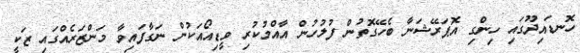
ހޮނޑައިދޫގައި ހިންގި އޮޕަރޭޝަނާ ބެހޭގޮތުން ފުލުހުން އާއްމުކުރި ވީޑިއޯއަކުން ނަގާފައިވާ މަންޒަރެއްގައި ޒަކީ